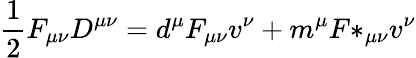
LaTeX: {\frac{1}{2}}F_{\mu\nu}D^{\mu\nu}=d^{\mu}F_{\mu\nu}v^{\nu}+m^{\mu}{F*}_{\mu\nu}v^{\nu}